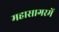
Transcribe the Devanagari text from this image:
महासागरमें